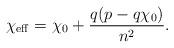
LaTeX: \begin{align*}\chi_{\rm eff} = \chi_0 + \frac{q (p - q\chi_0)}{n^2}.\end{align*}